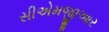
સીએમજીઆર